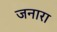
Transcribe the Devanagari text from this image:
जनारा